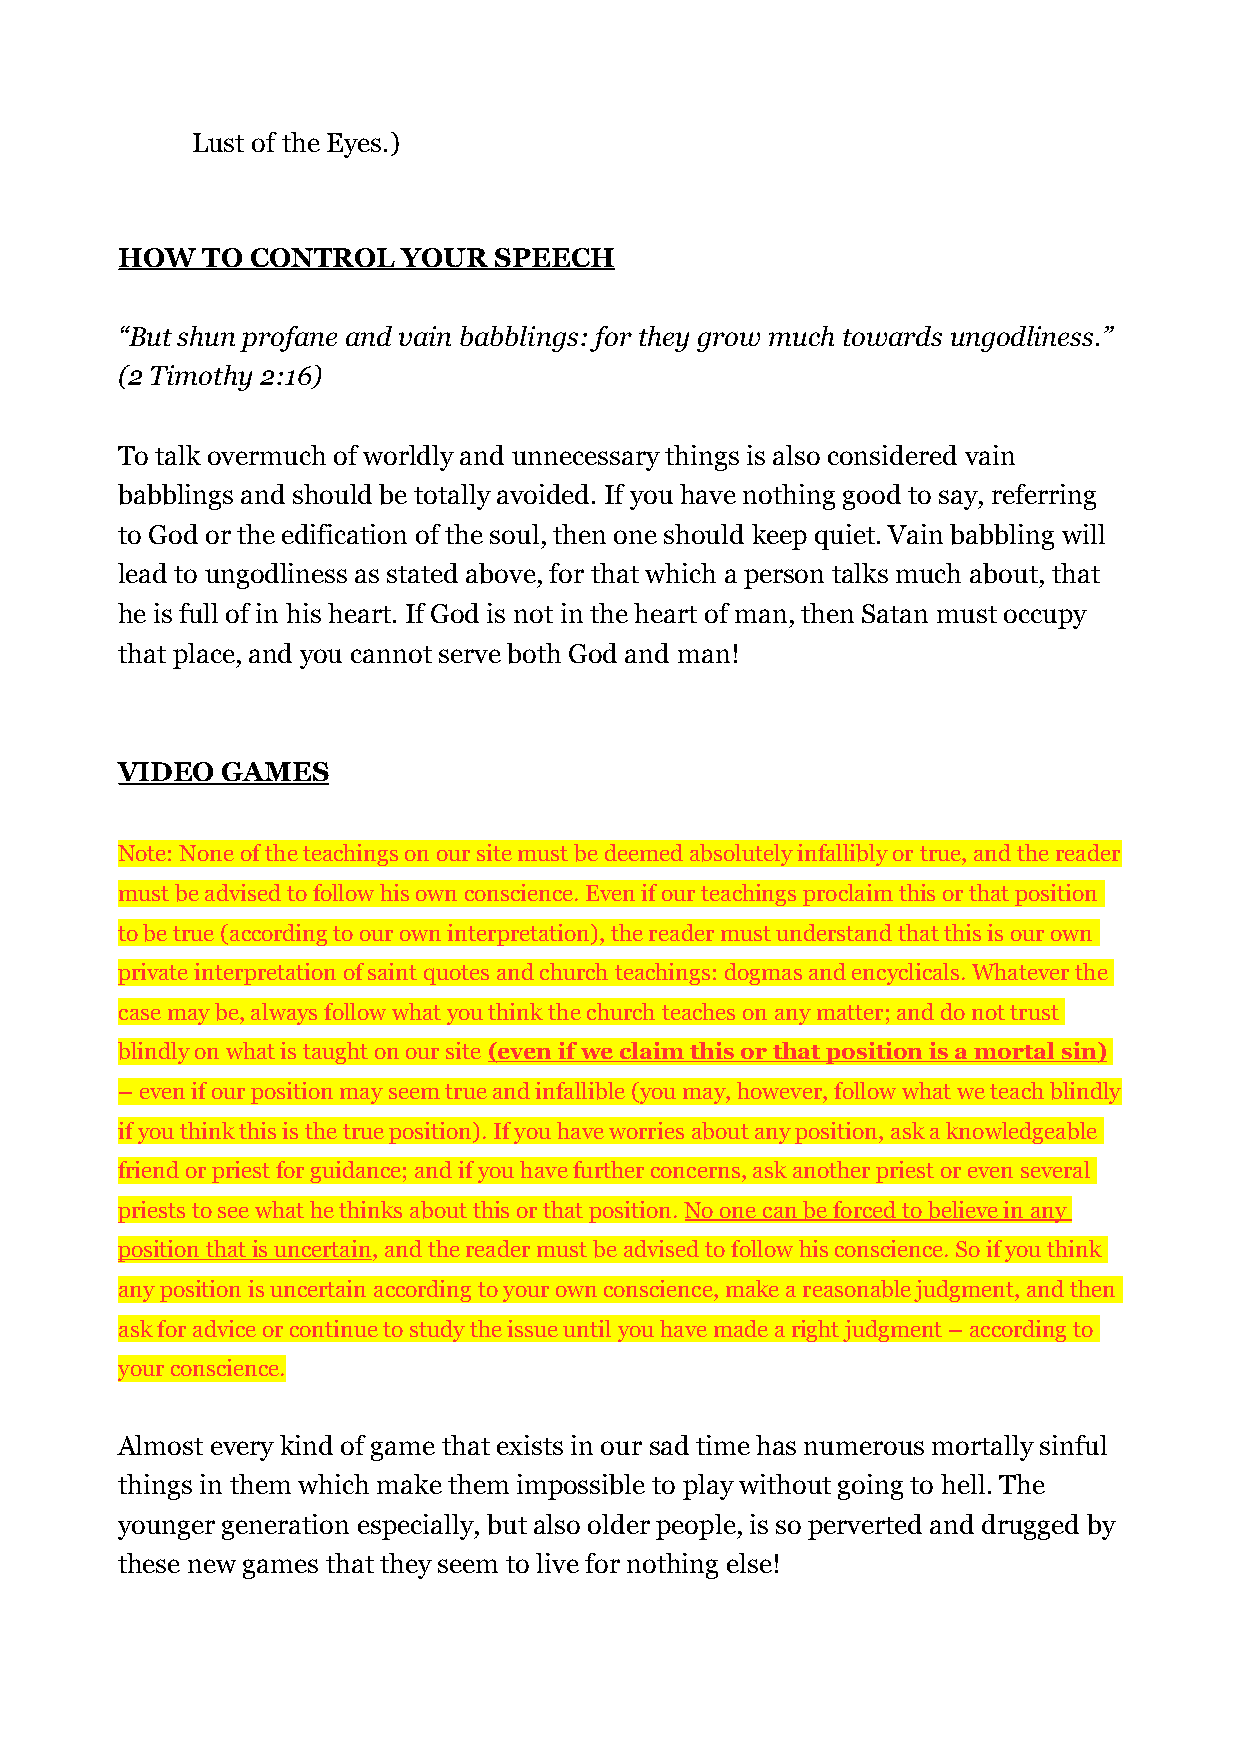
Lust of the Eyes.)
 HOW  TO  CONTROL   YOUR  SPEECH
 “But shun profane and vain babblings: for they grow much towards ungodliness.”
 (2 Timothy 2:16)
 To talk overmuch of worldly and unnecessary things is also considered vain
 babblings and should be totally avoided. If you have nothing good to say, referring
 to God or the edification of the soul, then one should keep quiet. Vain babbling will
 lead to ungodliness as stated above, for that which a person talks much about, that
 he is full of in his heart. If God is not in the heart of man, then Satan must occupy
 that place, and you cannot serve both God and man!
 VIDEO  GAMES
 Note: None of the teachings on our site must be deemed absolutely infallibly or true, and the reader
 must be advised to follow his own conscience. Even if our teachings proclaim this or that position
 to be true (according to our own interpretation), the reader must understand that this is our own
 private interpretation of saint quotes and church teachings: dogmas and encyclicals. Whatever the
 case may be, always follow what you think the church teaches on any matter; and do not trust
 blindly on what is taught on our site (even if we claim this or that position is a mortal sin)
 – even if our position may seem true and infallible (you may, however, follow what we teach blindly
 if you think this is the true position). If you have worries about any position, ask a knowledgeable
 friend or priest for guidance; and if you have further concerns, ask another priest or even several
 priests to see what he thinks about this or that position. No one can be forced to believe in any
 position that is uncertain, and the reader must be advised to follow his conscience. So if you think
 any position is uncertain according to your own conscience, make a reasonable judgment, and then
 ask for advice or continue to study the issue until you have made a right judgment – according to
 your conscience.
 Almost every kind of game that exists in our sad time has numerous mortally sinful
 things in them which make them impossible to play without going to hell. The
 younger generation especially, but also older people, is so perverted and drugged by
 these new games that they seem to live for nothing else!